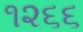
૧૨૬૬